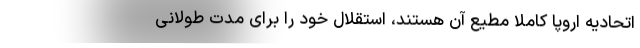
اتحادیه اروپا کاملاً مطیع آن هستند، استقلال خود را برای مدت طولانی